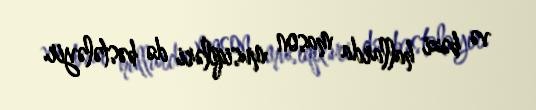
və bəzi hallarda mason musiqiləri də bəstələyir.